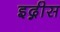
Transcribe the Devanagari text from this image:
इद्गीस